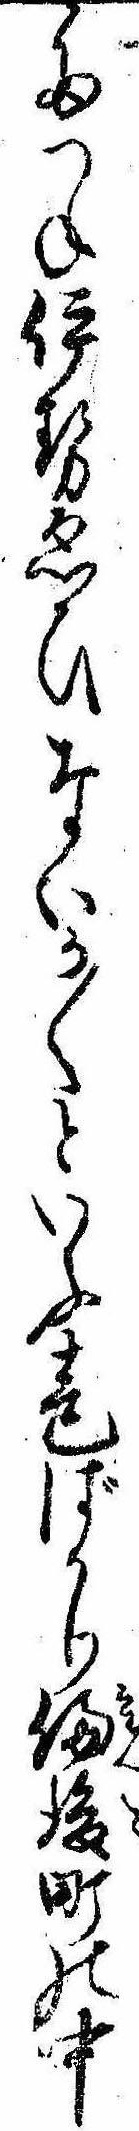
たつね伊勢ゑひないか〱といふ声ばかり備後町の中